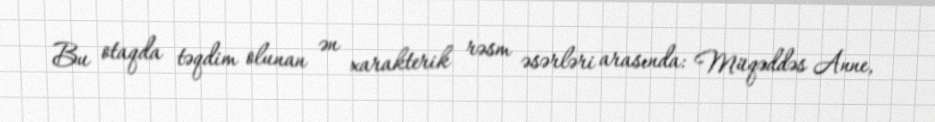
Bu otaqda təqdim olunan ən xarakterik rəsm əsərləri arasında: Müqəddəs Anne,